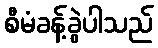
စီမံခန့်ခွဲပါသည်